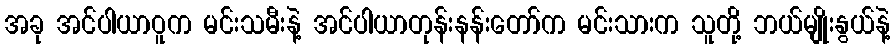
အခု အင်ပါယာဝူက မင်းသမီးနဲ့ အင်ပါယာတုန်းနန်းတော်က မင်းသားက သူတို့ ဘယ်မျိုးနွယ်နဲ့